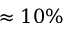
\approx 1 0 \%